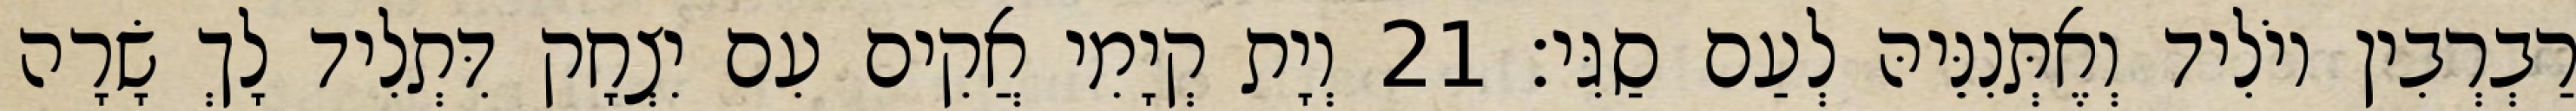
רַבְרְבִין יוֹלִיד וְאֶתְּנִנֵּיהּ לְעַם סַגִּי׃ 21 וְיָת קְיָמִי אֲקִים עִם יִצְחָק דִּתְלִיד לָךְ שָׂרָה